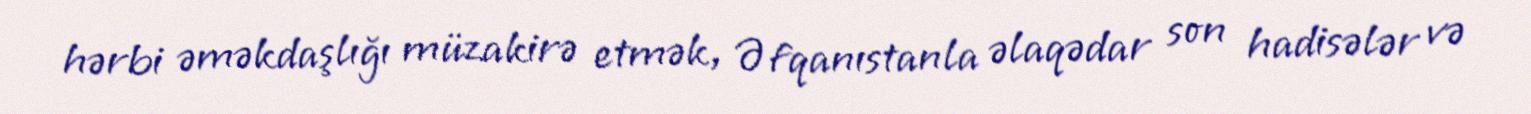
hərbi əməkdaşlığı müzakirə etmək, Əfqanıstanla əlaqədar son hadisələr və